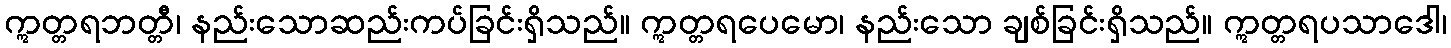
ဣတ္တရဘတ္တီ၊ နည်းသောဆည်းကပ်ခြင်းရှိသည်။ ဣတ္တရပေမော၊ နည်းသော ချစ်ခြင်းရှိသည်။ ဣတ္တရပသာဒေါ၊